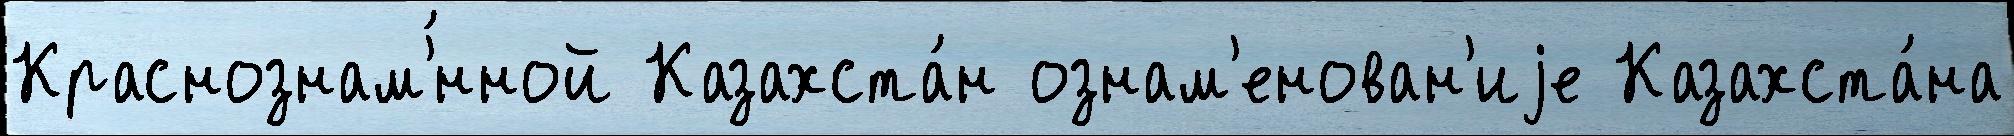
Краснознам'́нной Казахста́н ознам'енован'иjе Казахста́на